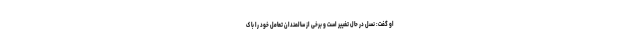
او گفت: نسل در حال تغییر است و برخی از سالمندان تعامل خود را با ک